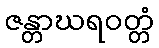
ဇန္တာဃရဝတ္တံ